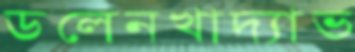
ডলেনখাদ্যাভ